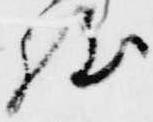
程